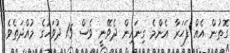
ގޮތުން އެއް ފަހަރާ އެންމެ ގިނައިން ދެވޭނީ ވެސް 15 ދުވަހުގެ މުއްދަތެވެ.